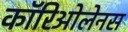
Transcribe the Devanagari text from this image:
कॉरिओलेनस